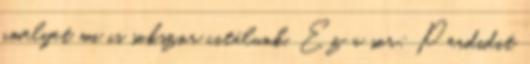
amelyet mi is sokszor citálunk. Ez a sor: Perdidit